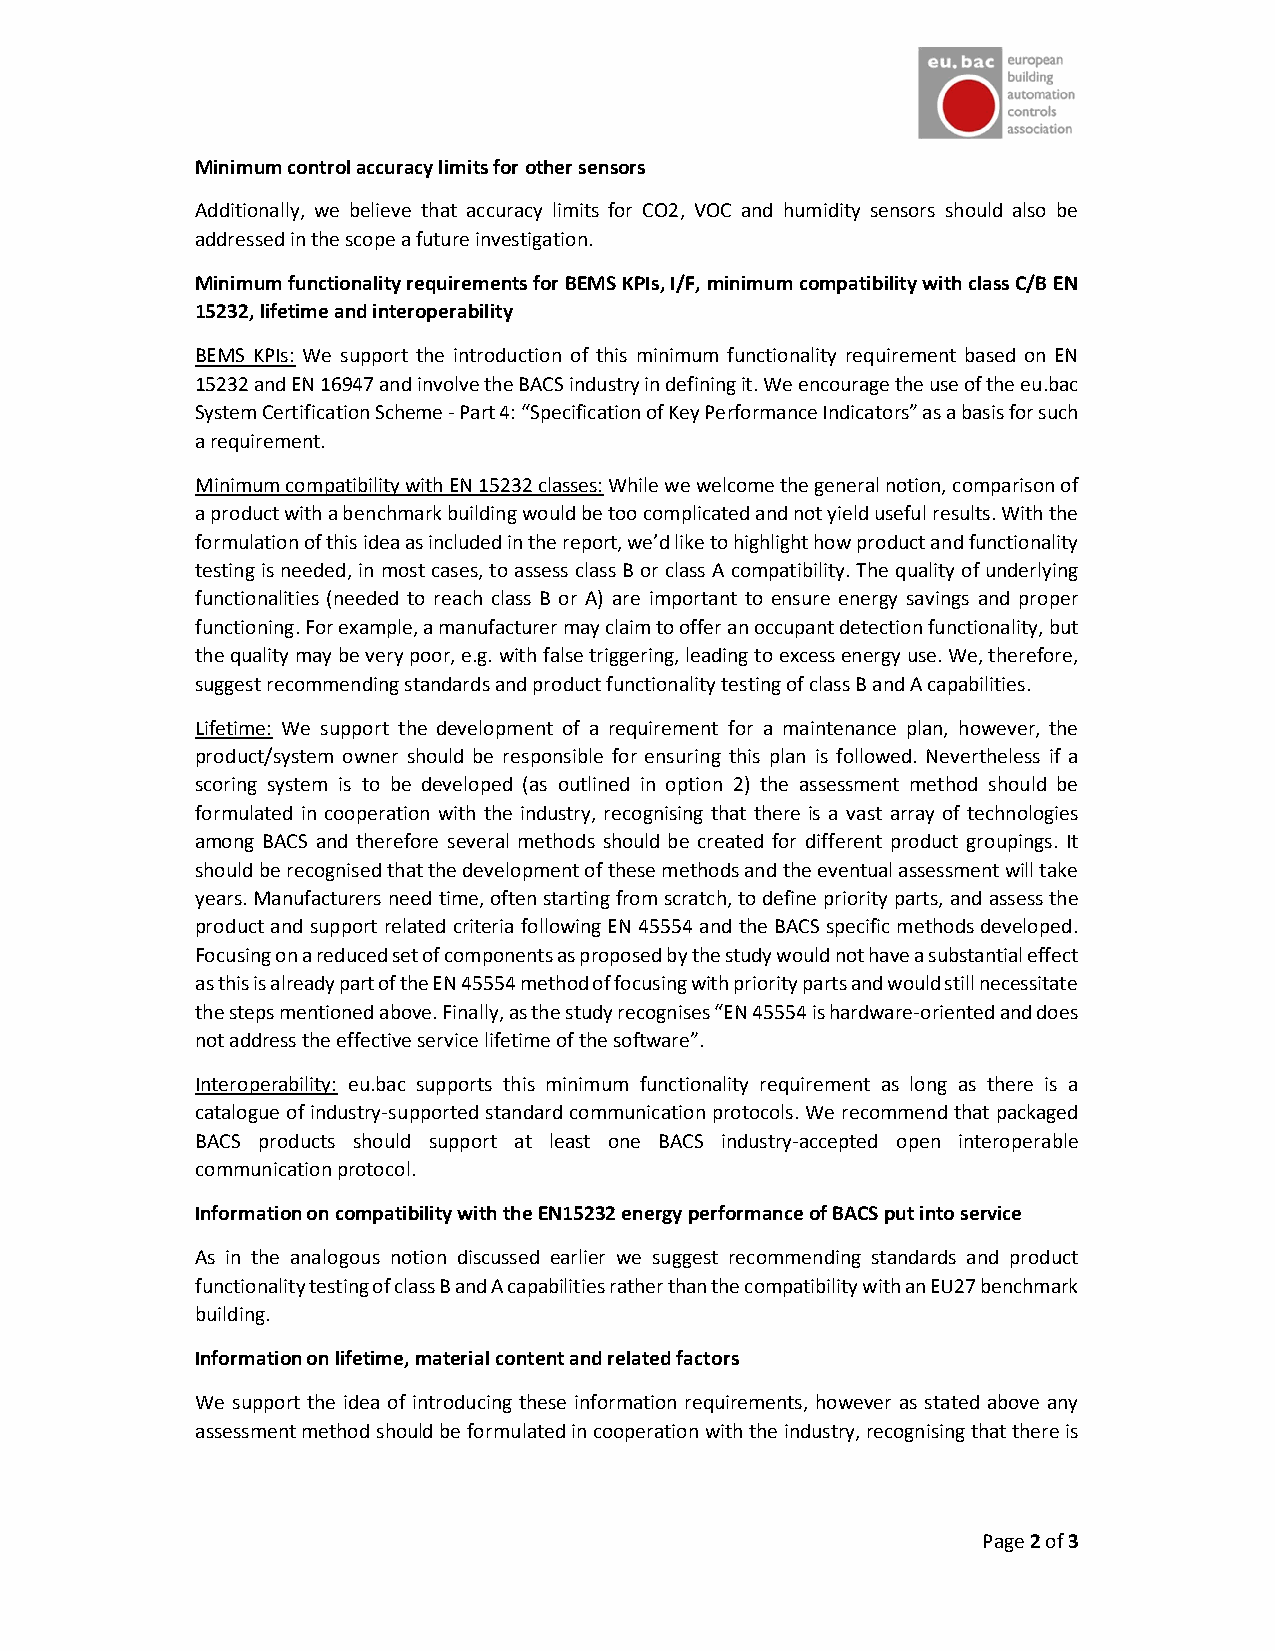
Minimum control accuracy limits for other sensors
 Additionally, we believe that accuracy limits for CO2, VOC and humidity sensors should also be
 addressed in the scope a future investigation.
 Minimum functionality requirements for BEMS KPIs, I/F, minimum compatibility with class C/B EN
 15232, lifetime and interoperability
 BEMS KPIs: We support the introduction of this minimum functionality requirement based on EN
 15232 and EN 16947 and involve the BACS industry in defining it. We encourage the use of the eu.bac
 System Certification Scheme - Part 4: “Specification of Key Performance Indicators” as a basis for such
 a requirement.
 Minimum compatibility with EN 15232 classes: While we welcome the general notion, comparison of
 a product with a benchmark building would be too complicated and not yield useful results. With the
 formulation of this idea as included in the report, we’d like to highlight how product and functionality
 testing is needed, in most cases, to assess class B or class A compatibility. The quality of underlying
 functionalities (needed to reach class B or A) are important to ensure energy savings and proper
 functioning. For example, a manufacturer may claim to offer an occupant detection functionality, but
 the quality may be very poor, e.g. with false triggering, leading to excess energy use. We, therefore,
 suggest recommending standards and product functionality testing of class B and A capabilities.
 Lifetime: We support the development of a requirement for a maintenance plan, however, the
 product/system owner should be responsible for ensuring this plan is followed. Nevertheless if a
 scoring system is to be developed (as outlined in option 2) the assessment method should be
 formulated in cooperation with the industry, recognising that there is a vast array of technologies
 among BACS and therefore several methods should be created for different product groupings. It
 should be recognised that the development of these methods and the eventual assessment will take
 years. Manufacturers need time, often starting from scratch, to define priority parts, and assess the
 product and support related criteria following EN 45554 and the BACS specific methods developed.
 Focusing on a reduced set of components as proposed by the study would not have a substantial effect
 as this is already part of the EN 45554 method of focusing with priority parts and would still necessitate
 the steps mentioned above. Finally, as the study recognises “EN 45554 is hardware-oriented and does
 not address the effective service lifetime of the software”.
 Interoperability: eu.bac supports this minimum functionality requirement as long as there is a
 catalogue of industry-supported standard communication protocols. We recommend that packaged
 BACS products should support at least one BACS industry-accepted open interoperable
 communication protocol.
 Information on compatibility with the EN15232 energy performance of BACS put into service
 As in the analogous notion discussed earlier we suggest recommending standards and product
 functionality testing of class B and A capabilities rather than the compatibility with an EU27 benchmark
 building.
 Information on lifetime, material content and related factors
 We support the idea of introducing these information requirements, however as stated above any
 assessment method should be formulated in cooperation with the industry, recognising that there is
 Page 2 of 3